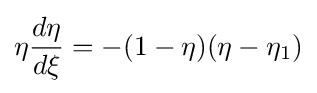
\eta {\frac {d\eta }{d\xi }}=-(1-\eta )(\eta -\eta _{1})